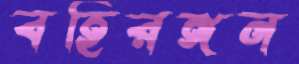
বহিরঙ্গন